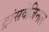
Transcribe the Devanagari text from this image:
ट्रांसवेजिनल